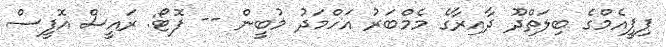
ޕިޕީއެމްގެ ބިލަތްދޫ ދާއިރާގެ މެމްބަރު އަހްމަދު މުބީން -- ފޮޓޯ: ރައީސް އޮފީސް